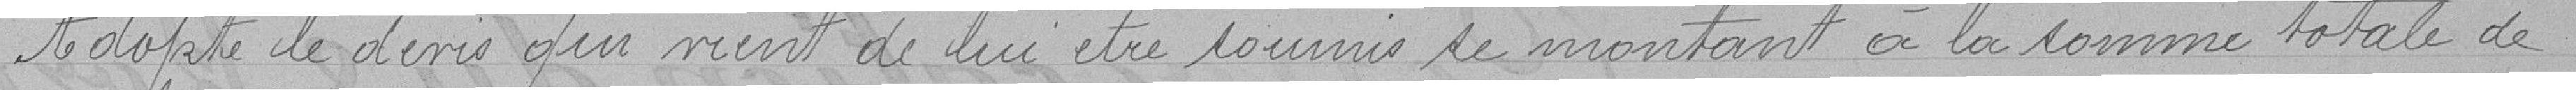
Adopte le devis qui vient de lui être soumis le montant à la somme totale de